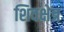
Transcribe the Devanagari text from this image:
शिवक्षेत्र